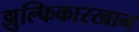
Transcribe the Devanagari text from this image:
झुल्फिकारखान